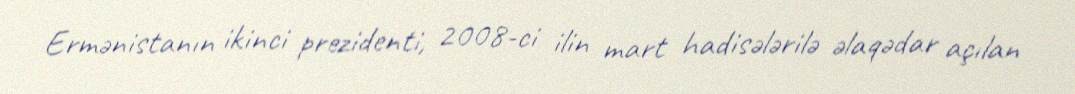
Ermənistanın ikinci prezidenti, 2008-ci ilin mart hadisələrilə əlaqədar açılan